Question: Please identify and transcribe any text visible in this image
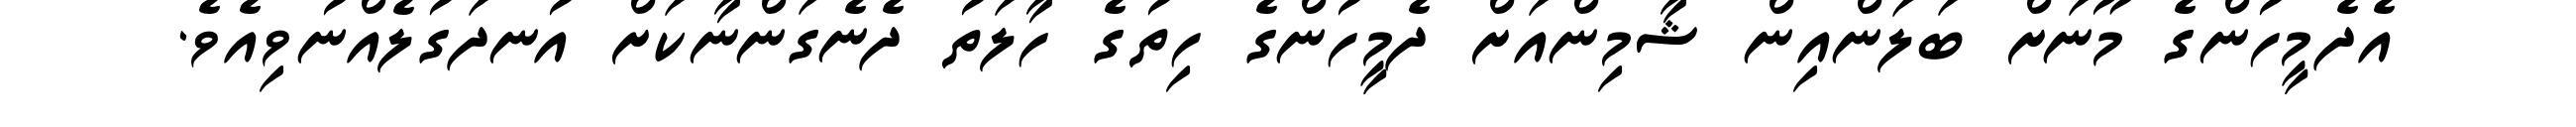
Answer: އެދެމީހުންގެ މޫނަށް ބަލަންއިން ޝާމިންއަށް ދެމީހުންގެ ހިތުގެ ހާލަތު ދެނެގަންނާކަށް އުނދަގުލެއްނުވިއެވެ.